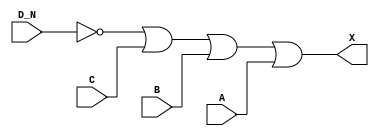
module sky130_fd_sc_hdll__or4b (
    X  ,
    A  ,
    B  ,
    C  ,
    D_N
);

    // Module ports
    output X  ;
    input  A  ;
    input  B  ;
    input  C  ;
    input  D_N;

    // Local signals
    wire not0_out ;
    wire or0_out_X;

    //  Name  Output     Other arguments
    not not0 (not0_out , D_N              );
    or  or0  (or0_out_X, not0_out, C, B, A);
    buf buf0 (X        , or0_out_X        );

endmodule